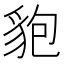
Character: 𧲼